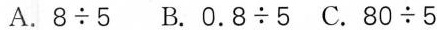
A.$$8 \div 5$$ B.$$0 . 8 \div 5$$ C.$$8 0 \div 5$$